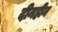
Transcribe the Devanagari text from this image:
दीनहीन